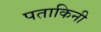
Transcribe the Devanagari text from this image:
पताकिनी